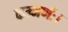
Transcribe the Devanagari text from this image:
कम्मर्णः।